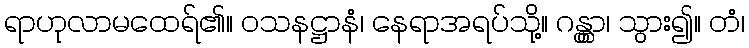
ရာဟုလာမထေရ်၏။ ဝသနဋ္ဌာနံ၊ နေရာအရပ်သို့။ ဂန္တွာ၊ သွား၍။ တံ၊